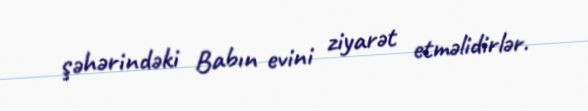
şəhərindəki Babın evini ziyarət etməlidirlər.